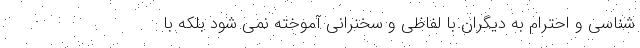
شناسی و احترام به دیگران با لفاظی و سخنرانی آموخته نمی شود بلکه با